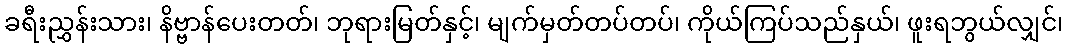
ခရီးညွှန်းသား၊ နိဗ္ဗာန်ပေးတတ်၊ ဘုရားမြတ်နှင့်၊ မျက်မှတ်တပ်တပ်၊ ကိုယ်ကြပ်သည်နှယ်၊ ဖူးရဘွယ်လျှင်၊